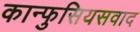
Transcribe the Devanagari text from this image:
कान्फुसियसवाद